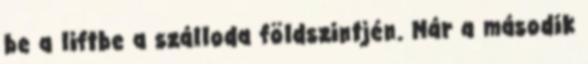
be a liftbe a szálloda földszintjén. Már a második